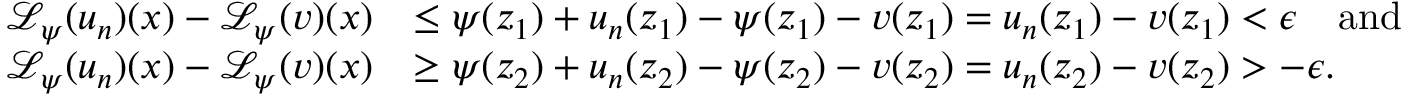
\begin{array} { r l } { \mathcal { L } _ { \psi } ( u _ { n } ) ( x ) - \mathcal { L } _ { \psi } ( v ) ( x ) } & { \leq \psi ( z _ { 1 } ) + u _ { n } ( z _ { 1 } ) - \psi ( z _ { 1 } ) - v ( z _ { 1 } ) = u _ { n } ( z _ { 1 } ) - v ( z _ { 1 } ) < \epsilon \quad \mathrm { a n d } } \\ { \mathcal { L } _ { \psi } ( u _ { n } ) ( x ) - \mathcal { L } _ { \psi } ( v ) ( x ) } & { \geq \psi ( z _ { 2 } ) + u _ { n } ( z _ { 2 } ) - \psi ( z _ { 2 } ) - v ( z _ { 2 } ) = u _ { n } ( z _ { 2 } ) - v ( z _ { 2 } ) > - \epsilon . } \end{array}